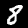
Label: 8